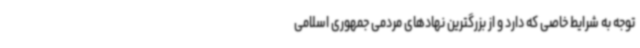
توجه به شرایط خاصی که دارد و از بزرگترین نهادهای مردمی جمهوری اسلامی